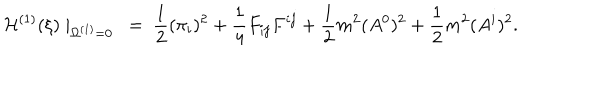
{ \cal H } ^ { ( 1 ) } ( \xi ) \mid _ { \Omega ^ { ( 1 ) } = 0 } ~ = ~ \frac { 1 } { 2 } ( \pi _ { i } ) ^ { 2 } + \frac { 1 } { 4 } F _ { i j } F ^ { i j } + \frac { 1 } { 2 } m ^ { 2 } ( A ^ { 0 } ) ^ { 2 } + \frac { 1 } { 2 } m ^ { 2 } ( A ^ { i } ) ^ { 2 } .